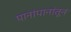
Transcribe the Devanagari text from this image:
पानांपानांतून